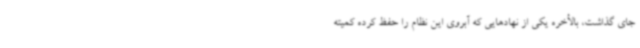
جای گذاشت، بالأخره یکی از نهادهایی که آبروی این نظام را حفظ کرده کمیته